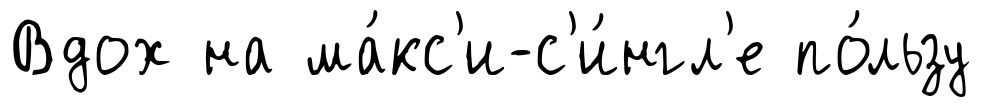
Вдох на ма́кс'и-с'и́нгл'е по́льзу